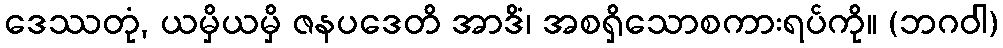
ဒေဿတုံ, ယမှိယမှိ ဇနပဒေတိ အာဒိံ၊ အစရှိသောစကားရပ်ကို။ (ဘဂဝါ)